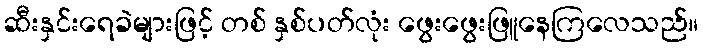
ဆီးနှင်းရေခဲများဖြင့် တစ် နှစ်ပတ်လုံး ဖွေးဖွေးဖြူနေကြလေသည်။